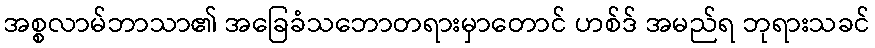
အစ္စလာမ်ဘာသာ၏ အခြေခံသဘောတရားမှာတောင် ဟစ်ဒ် အမည်ရ ဘုရားသခင်